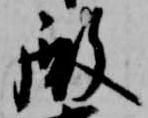
殿